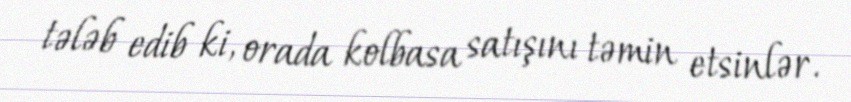
tələb edib ki, orada kolbasa satışını təmin etsinlər.